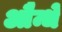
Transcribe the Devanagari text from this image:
औन्धे